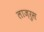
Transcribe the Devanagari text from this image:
लाज़रुस